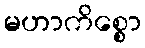
မဟာကိစ္စော